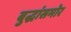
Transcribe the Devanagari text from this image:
बुद्धांसमोर